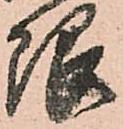
限